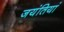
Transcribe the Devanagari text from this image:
जयंतियां